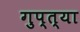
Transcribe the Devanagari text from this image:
गुप्त्या